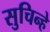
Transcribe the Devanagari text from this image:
सुचिन्हे